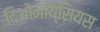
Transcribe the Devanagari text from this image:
दिओनाय्सियस